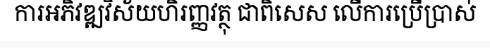
ការអភិវឌ្ឍវិស័យហិរញ្ញវត្ថុ ជាពិសេស លើការប្រើប្រាស់